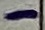
Text: -